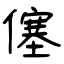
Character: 僿